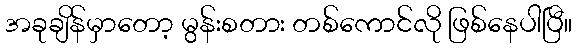
အခုချိန်မှာတော့ မွန်းစတား တစ်ကောင်လို ဖြစ်နေပါပြီ။